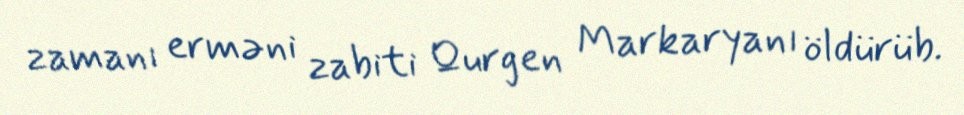
zamanı erməni zabiti Qurgen Markaryanı öldürüb.